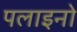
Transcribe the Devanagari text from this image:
पलाइनो